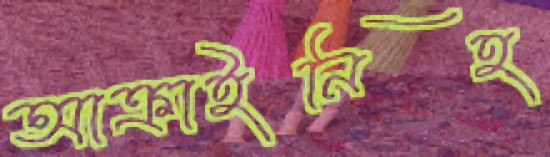
আক্রাইনিহ্